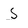
Character: S